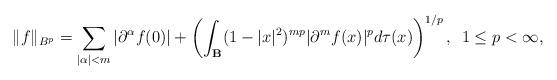
LaTeX: \begin{align*}\|f\|_{B^{p}}=\sum_{|\alpha|<m}|\partial^{\alpha}f(0)|+\left(\int_{\mathbf{B}}(1-|x|^{2})^{mp}|\partial^{m}f(x)|^{p}d\tau(x)\right)^{1/p},\enspace 1\leq p<\infty,\end{align*}